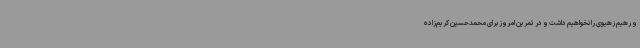
و رهیم زهیوی را نخواهیم داشت و در تمرین امروز برای محمدحسین کریم‌زاده